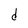
Character: d